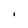
Character: I